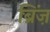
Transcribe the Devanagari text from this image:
ब्रिंज़